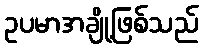
ဥပမာအချို့ဖြစ်သည်